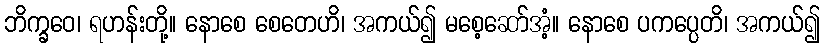
ဘိက္ခဝေ၊ ရဟန်းတို့။ နောစေ စေတေဟိ၊ အကယ်၍ မစေ့ဆော်အံ့။ နောစေ ပကပ္ပေတိ၊ အကယ်၍